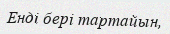
Енді бері тартайын,